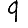
Digit: 9